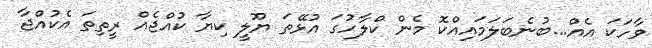
ވާހަކަ އެއް...ބުނެބަލަމައިއްކޮ މެން ކްލާހުގަ އުޅޭތަ ޔޫލީ ކިޔާ ކުއްޖެއް ރީތިތަ އެކުއްޖާ